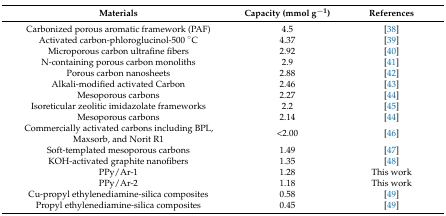
<table><thead><tr><td><b>Materials</b></td><td><b>Capacity (mmol g<sup>−1</sup>)</b></td><td><b>References</b></td></tr></thead><tbody><tr><td>Carbonized porous aromatic framework (PAF)</td><td>4.5</td><td>[38]</td></tr><tr><td>Activated carbon-phloroglucinol-500 °C</td><td>4.37</td><td>[39]</td></tr><tr><td>Microporous carbon ultrafine fibers</td><td>2.92</td><td>[40]</td></tr><tr><td>N-containing porous carbon monoliths</td><td>2.9</td><td>[41]</td></tr><tr><td>Porous carbon nanosheets</td><td>2.88</td><td>[42]</td></tr><tr><td>Alkali-modified activated Carbon</td><td>2.46</td><td>[43]</td></tr><tr><td>Mesoporous carbons</td><td>2.27</td><td>[44]</td></tr><tr><td>Isoreticular zeolitic imidazolate frameworks</td><td>2.2</td><td>[45]</td></tr><tr><td>Mesoporous carbons</td><td>2.14</td><td>[44]</td></tr><tr><td>Commercially activated carbons including BPL, Maxsorb, and Norit R1</td><td>&lt;2.00</td><td>[46]</td></tr><tr><td>Soft-templated mesoporous carbons</td><td>1.49</td><td>[47]</td></tr><tr><td>KOH-activated graphite nanofibers</td><td>1.35</td><td>[48]</td></tr><tr><td>PPy/Ar-1</td><td>1.28</td><td>This work</td></tr><tr><td>PPy/Ar-2</td><td>1.18</td><td>This work</td></tr><tr><td>Cu-propyl ethylenediamine-silica composites</td><td>0.58</td><td>[49]</td></tr><tr><td>Propyl ethylenediamine-silica composites</td><td>0.45</td><td>[49]</td></tr></tbody></table>